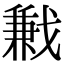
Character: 𢧥